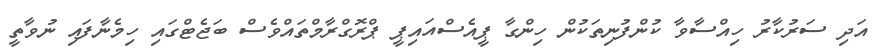
އަދި ސަރުކާރު ހިއްސާވާ ކުންފުނިތަކުން ހިންގާ ޕީއެސްއައިޕީ ޕްރޮގްރާމްތައްވެސް ބަޖެޓްގައި ހިމެނާފައި ނުވާތީ